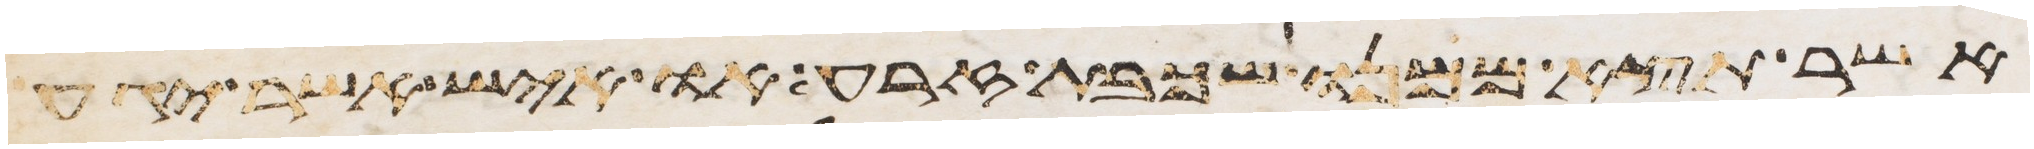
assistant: אשר תצא ממנו שכבת זרע או איש אשר יגע